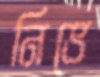
নিভে